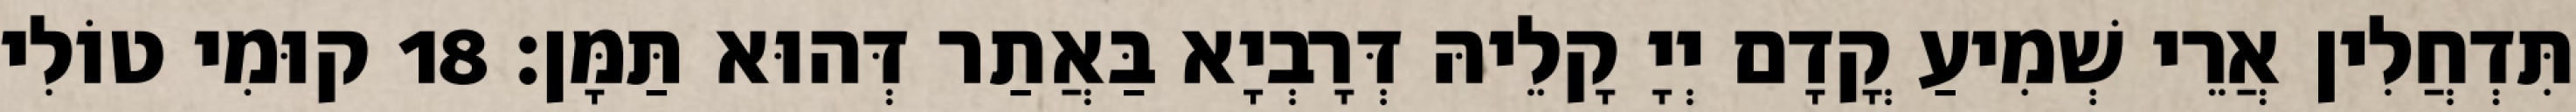
תִּדְחֲלִין אֲרֵי שְׁמִיעַ קֳדָם יְיָ קָלֵיהּ דְּרָבְיָא בַּאֲתַר דְּהוּא תַּמָּן׃ 18 קוּמִי טוֹלִי